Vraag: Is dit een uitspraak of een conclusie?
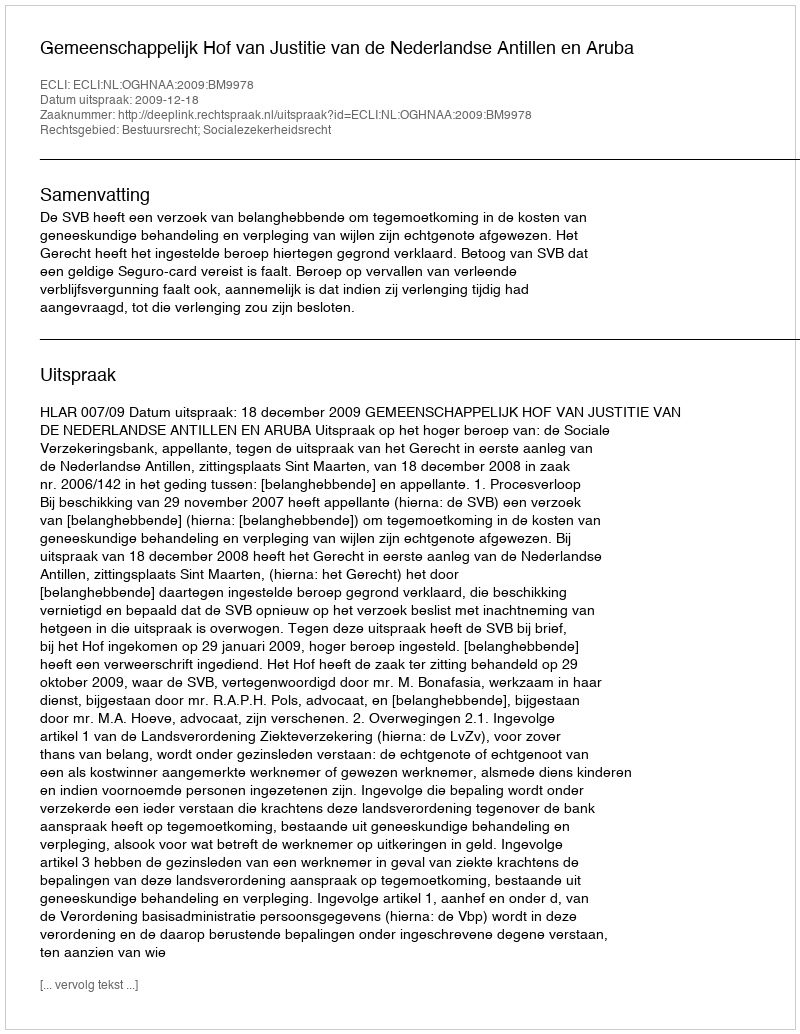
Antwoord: Uitspraak